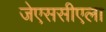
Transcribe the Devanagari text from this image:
जेएससीएला